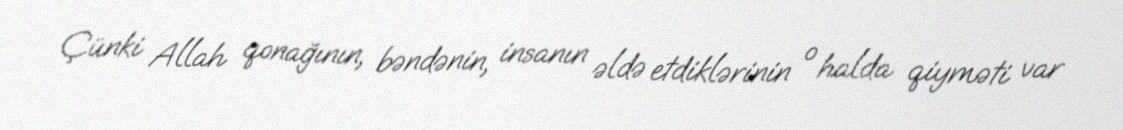
Çünki Allah qonağının, bəndənin, insanın əldə etdiklərinin o halda qiyməti var